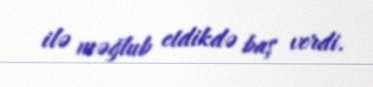
ilə məğlub etdikdə baş verdi.